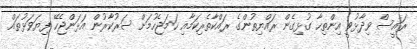
ރައީސް ވިދާޅުވީ އިންތިހާ ގުޅިގެން ރައްޔިތުންގެ ރައްކާތެރިކަމާއި ހަމަޖެހުމަށް ސަރުކާރުން އަޅަންޖެހޭ ފިޔަވަޅުތައް